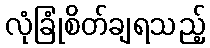
လုံခြုံစိတ်ချရသည့်